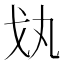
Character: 𢦗